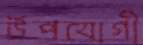
উপযোগী